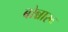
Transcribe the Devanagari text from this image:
बोन्नारू